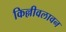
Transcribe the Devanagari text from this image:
किल्लीवलावन